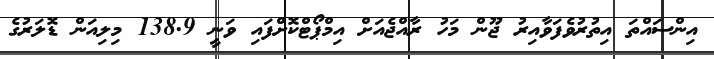
އިންސައްތަ އިތުރުވެފަވާއިރު ޖޫން މަހު ރާއްޖެއަށް އިމްޕޯޓްކޮށްފައި ވަނީ 138.9 މިލިއަން ޑޮލަރުގެ